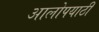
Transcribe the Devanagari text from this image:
आलोपयाठी